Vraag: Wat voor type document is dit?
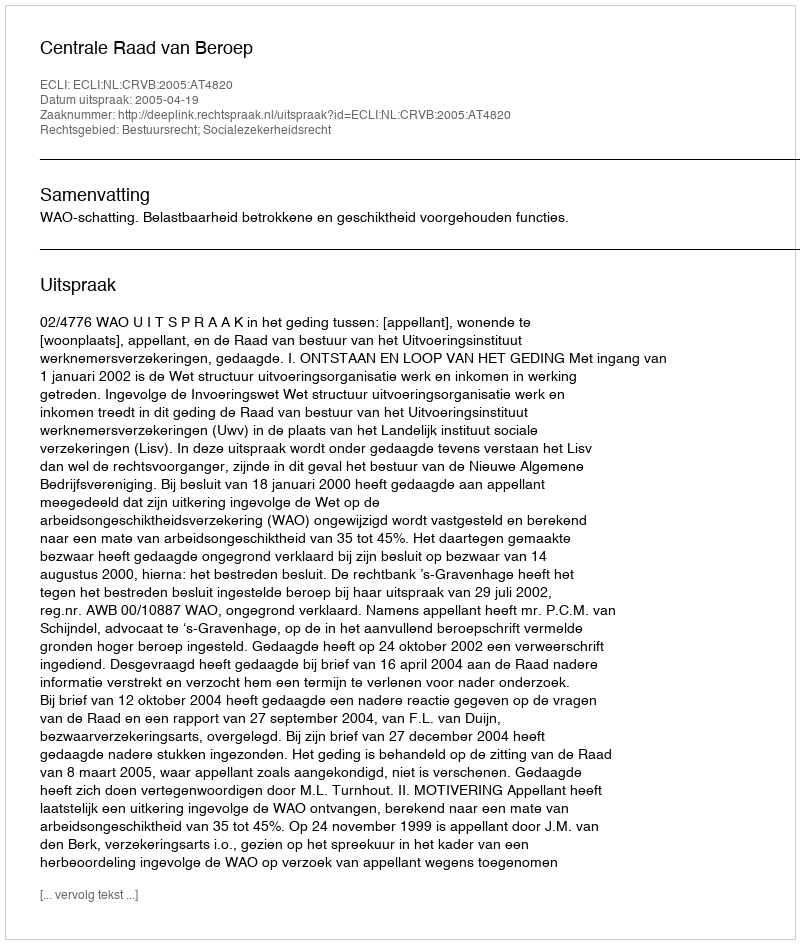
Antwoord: Uitspraak